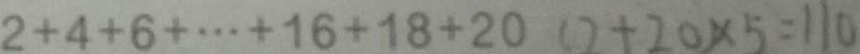
2 + 4 + 6 + \cdots + 1 6 + 1 8 + 2 0 ( 2 + 2 0 ) \times 5 = 1 1 0